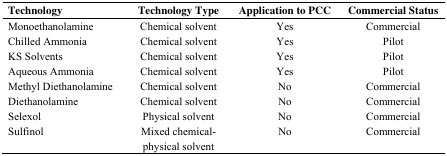
| Technology | Technology Type | Application to PCC | Commercial Status |
 | --- | --- | --- | --- |
 | Monoethanolamine | Chemical solvent | Yes | Commercial |
 | Chilled Ammonia | Chemical solvent | Yes | Pilot |
 | KS Solvents | Chemical solvent | Yes | Pilot |
 | Aqueous Ammonia | Chemical solvent | Yes | Pilot |
 | Methyl Diethanolamine | Chemical solvent | No | Commercial |
 | Diethanolamine | Chemical solvent | No | Commercial |
 | Selexol | Physical solvent | No | Commercial |
 | Sulfinol | Mixed chemical-physical solvent | No | Commercial |